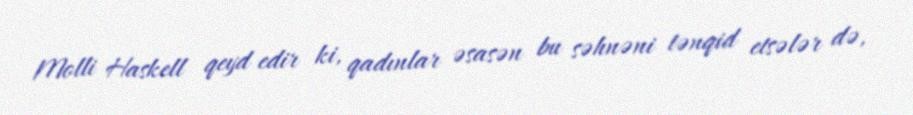
Molli Haskell qeyd edir ki, qadınlar əsasən bu səhnəni tənqid etsələr də,